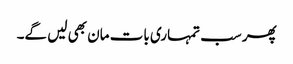
پھر سب تمہاری بات مان بھی لیں گے۔